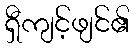
ရှီကျင့်ဖျင်၏